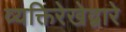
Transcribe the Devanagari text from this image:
व्यक्तिरेखेद्वारे